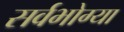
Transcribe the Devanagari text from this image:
सर्वभोग्या